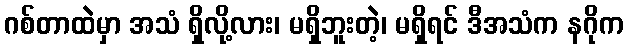
ဂစ်တာထဲမှာ အသံ ရှိလို့လား၊ မရှိဘူးတဲ့၊ မရှိရင် ဒီအသံက နဂိုက